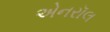
એનરૉલ